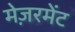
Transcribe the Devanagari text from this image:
मेज़रमेंट